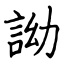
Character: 詏